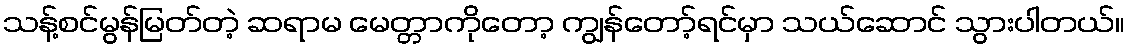
သန့်စင်မွန်မြတ်တဲ့ ဆရာမ မေတ္တာကိုတော့ ကျွန်တော့်ရင်မှာ သယ်ဆောင် သွားပါတယ်။